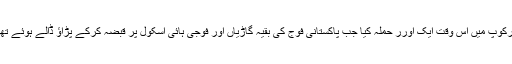
گورکوپ میں اُس وقت ایک اورر حملہ کیا جب پاکستانی فوج کی بقیہ گاڑیاں اور فوجی ہائی اسکول پر قبضہ کرکے پڑاؤ ڈالے ہوئے تھے۔